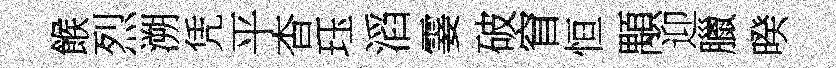
餱烈溯凭平杳珏滔霎破窅恒顒迎臘暌